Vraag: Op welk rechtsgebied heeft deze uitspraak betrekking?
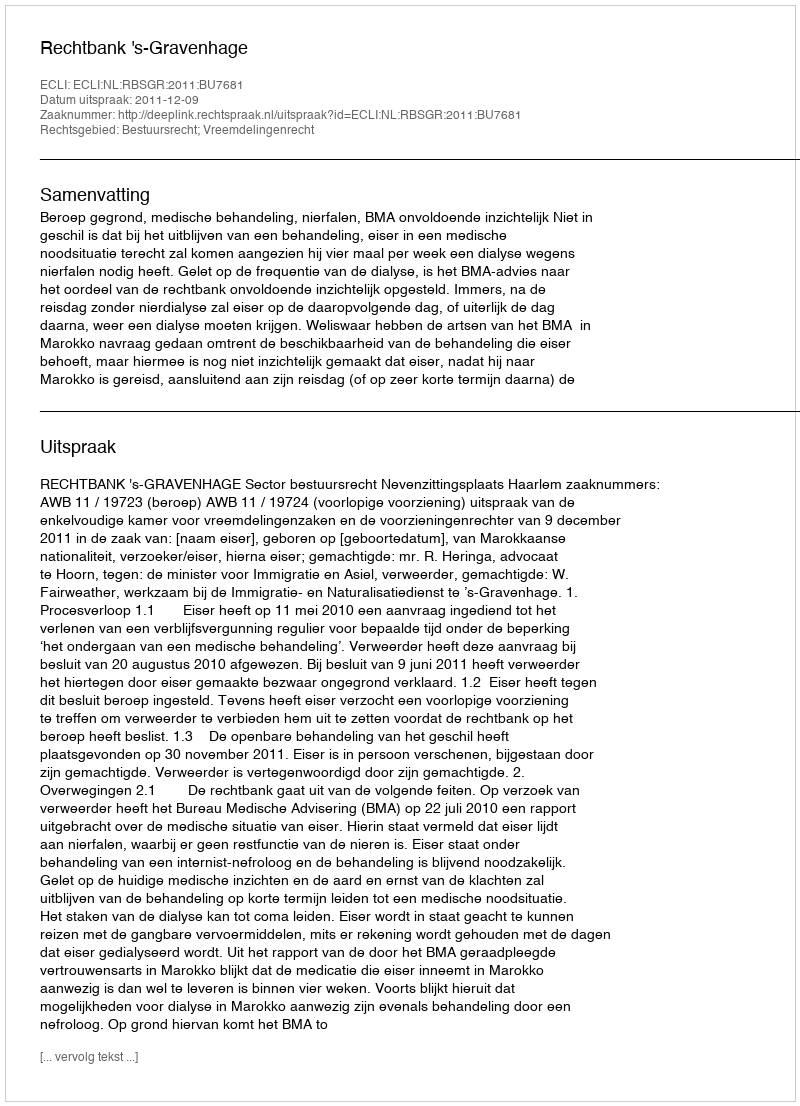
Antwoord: Bestuursrecht; Vreemdelingenrecht